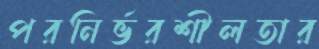
পরনির্ভরশীলতার